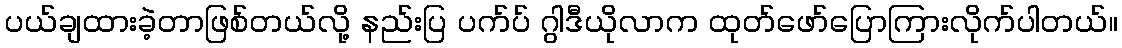
ပယ်ချထားခဲ့တာဖြစ်တယ်လို့ နည်းပြ ပက်ပ် ဂွါဒီယိုလာက ထုတ်ဖော်ပြောကြားလိုက်ပါတယ်။